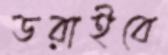
ডরাইবে